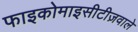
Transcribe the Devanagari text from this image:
फाइकोमाइसीटीज़वाले